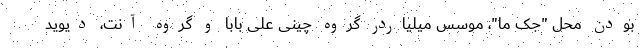
بودن محل "جک ما"، موسس میلیاردر گروه چینی علی بابا و گروه آنت، دیوید